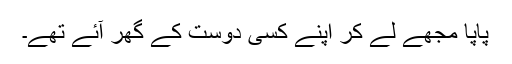
پاپا مجھے لے کر اپنے کسی دوست کے گھر آئے تھے۔